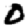
Digit: 0